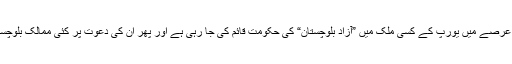
ایسی بھی اطلاعات ہیں کہ کچھ عرصے میں یورپ کے کسی ملک میں ”آزاد بلوچستان“ کی حکومت قائم کی جا رہی ہے اور پھر ان کی دعوت پر کئی ممالک بلوچستان میں فوجی مداخلت کرینگے۔